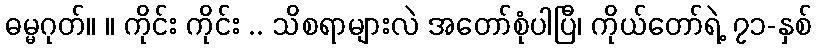
ဓမ္မဂုတ်။ ။ ကိုင်း ကိုင်း .. သိစရာများလဲ အတော်စုံပါပြီ၊ ကိုယ်တော်ရဲ့ ၇၁-နှစ်